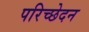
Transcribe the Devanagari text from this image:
परिच्छेदन